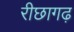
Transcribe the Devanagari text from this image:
रीछागढ़